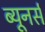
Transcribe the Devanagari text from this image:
ब्यूनर्स